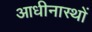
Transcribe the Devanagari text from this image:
आधीनास्थों